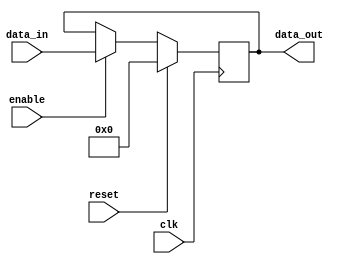
module register_module(
    input wire clk,
    input wire enable,
    input wire reset,
    input wire [7:0] data_in,
    output reg [7:0] data_out
);

reg [7:0] register_data;

always @(posedge clk) begin
    if (reset) begin
        register_data <= 8'b0;
    end else if (enable) begin
        register_data <= data_in;
    end
end

assign data_out = register_data;

endmodule